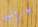
غرفتين